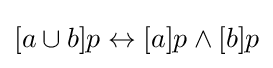
[a\cup b]p\leftrightarrow [a]p\land [b]p\,\!